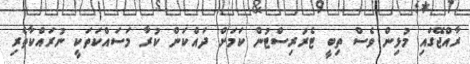
ރާއްޖޭގައި މުޅިން ވެސް ތިބީ ޓެރަރިސްޓުން ކަމަށް ދައްކަން ކުރާ މަސައްކަތަކީ ނުރައްކާތެރި